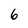
Character: 6